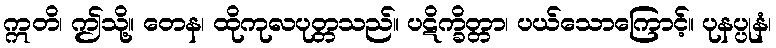
ဣတိ၊ ဤသို့။ တေန၊ ထိုကုလပုတ္တသည်။ ပဋိက္ခိတ္တာ၊ ပယ်သောကြောင့်။ ပုနပ္ပုနံ၊